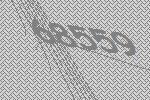
68559